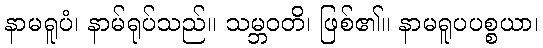
နာမရူပံ၊ နာမ်ရုပ်သည်။ သမ္ဘဝတိ၊ ဖြစ်၏။ နာမရူပပစ္စယာ၊